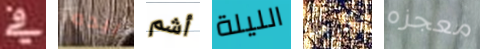
في بيده أشم الليلة تكرهه معجزه